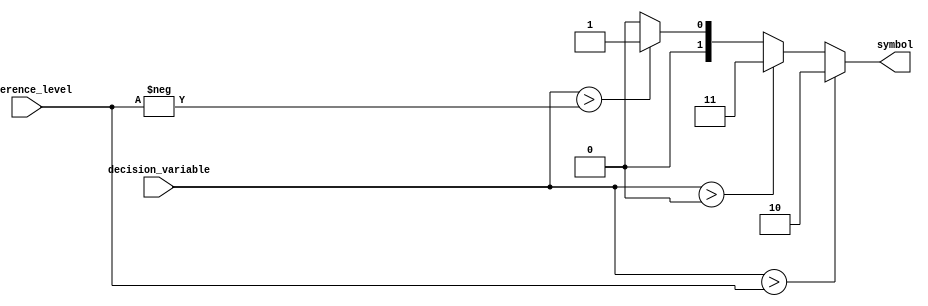
module slicer (input wire signed [17:0] reference_level,
					input wire signed [17:0] decision_variable,
					output reg [1:0] symbol
					);
				
always @ *
	if( decision_variable > reference_level )
		symbol = 2'b10;
	else if ( decision_variable > 0 )
		symbol = 2'b11;
	else if ( decision_variable >  -reference_level )
		symbol = 2'b01;
	else
		symbol = 2'b00;
		
			

					
endmodule